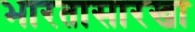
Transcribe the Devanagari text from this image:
भारतासारखा